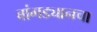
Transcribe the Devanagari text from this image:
बांगड्यानचा